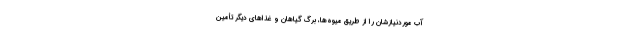
آب موردنیازشان را از طریق میوه‌ها، برگ گیاهان و غذاهای دیگر تأمین